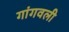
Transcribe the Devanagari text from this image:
गांगवली